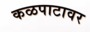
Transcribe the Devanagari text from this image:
कळपाटावर